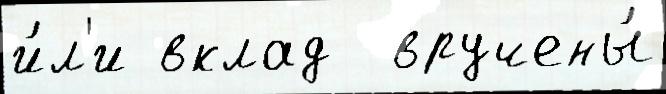
и́л'и вклад  вручены́